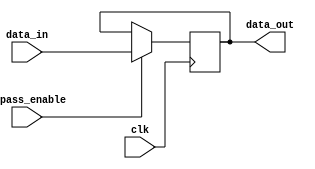
module simple_bypass_register (
    input wire clk,
    input wire bypass_enable,
    input wire [31:0] data_in,
    output reg [31:0] data_out
);

always @(posedge clk) begin
    if (bypass_enable) begin
        data_out <= data_in;
    end
end

endmodule